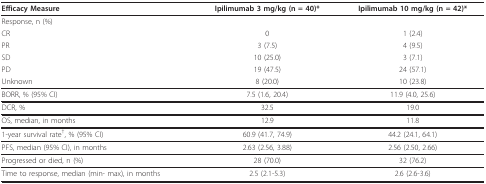
<table><thead><tr><td><b>Efficacy Measure</b></td><td><b>Ipilimumab 3 mg/kg (n = 40)*</b></td><td><b>Ipilimumab 10 mg/kg (n = 42)*</b></td></tr></thead><tbody><tr><td>Response, n (%)</td><td></td><td></td></tr><tr><td>CR</td><td>0</td><td>1 (2.4)</td></tr><tr><td>PR</td><td>3 (7.5)</td><td>4 (9.5)</td></tr><tr><td>SD</td><td>10 (25.0)</td><td>3 (7.1)</td></tr><tr><td>PD</td><td>19 (47.5)</td><td>24 (57.1)</td></tr><tr><td>Unknown</td><td>8 (20.0)</td><td>10 (23.8)</td></tr><tr><td>BORR, % (95% CI)</td><td>7.5 (1.6, 20.4)</td><td>11.9 (4.0, 25.6)</td></tr><tr><td>DCR, %</td><td>32.5</td><td>19.0</td></tr><tr><td>OS, median, in months</td><td>12.9</td><td>11.8</td></tr><tr><td>1-year survival rate<sup>†</sup>, % (95% CI)</td><td>60.9 (41.7, 74.9)</td><td>44.2 (24.1, 64.1)</td></tr><tr><td>PFS, median (95% CI), in months</td><td>2.63 (2.56, 3.88)</td><td>2.56 (2.50, 2.66)</td></tr><tr><td>Progressed or died, n (%)</td><td>28 (70.0)</td><td>32 (76.2)</td></tr><tr><td>Time to response, median (min- max), in months</td><td>2.5 (2.1-5.3)</td><td>2.6 (2.6-3.6)</td></tr></tbody></table>